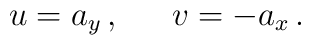
u = a_{y}\, , \, \, \, \, \, \, \, \, \, v = -a_{x}\, .